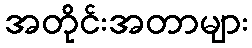
အတိုင်းအတာများ